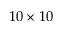
1 0 \times 1 0